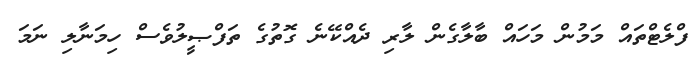
ފްލެޓްތައް މަމުން މަހައް ބާލާގެން ލާރި ދެއްކޭނެ ގޮތުގެ ތަފްޞީލުވެސް ހިމަނާލި ނަމަ